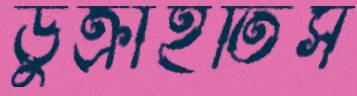
ডুক্‌রাইতিস